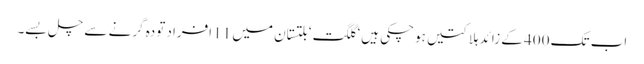
اب تک 400 کے زائد ہلاکتیں ہوچکی ہیں‘ گلگت‘ بلتستان میں 11 افراد تودہ گرنے سے چل بسے۔